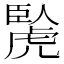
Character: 𧇬